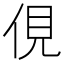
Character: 俔